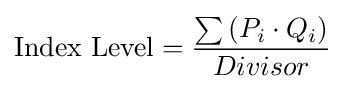
{\text{Index Level}}={\sum \left({P_{i}}\cdot {Q_{i}}\right) \over Divisor}